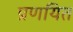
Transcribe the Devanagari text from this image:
प्रणयित